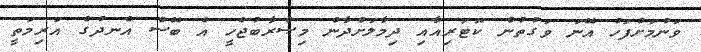
ވަނުމަށްފަހު އޭނަ ވަގުތުން ކޮޓަރިއާއި ދިމާލަށްދާން މިޞްރާބުޖެހީ އެ ބޭސް އެނދުގެ އަރިމަތީ